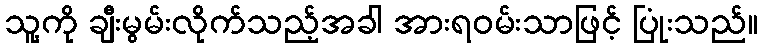
သူ့ကို ချီးမွမ်းလိုက်သည့်အခါ အားရဝမ်းသာဖြင့် ပြုံးသည်။